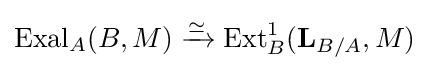
{\text{Exal}}_{A}(B,M)\xrightarrow {\simeq } {\text{Ext}}_{B}^{1}(\mathbf {L} _{B/A},M)